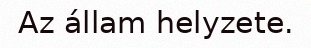
Az állam helyzete.